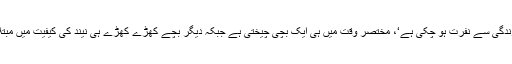
’’مجھے اپنی زندگی سے نفرت ہو چکی ہے‘، مختصر وقت میں ہی ایک بچی چیختی ہے جبکہ دیگر بچے کھڑے کھڑے ہی نیند کی کیفیت میں مبتلا ہو چکے ہیں۔